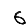
Digit: 6